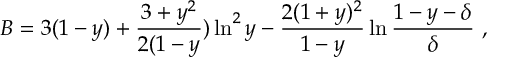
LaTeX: B = 3 ( 1 - y ) + \frac { 3 + y ^ { 2 } } { 2 ( 1 - y } ) \ln ^ { 2 } y - \frac { 2 ( 1 + y ) ^ { 2 } } { 1 - y } \ln \frac { 1 - y - \delta } { \delta } \ ,